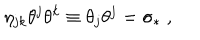
LaTeX: \eta _ { j k } \theta ^ { j } \theta ^ { k } \equiv \theta _ { j } \theta ^ { j } = \sigma _ { \ast } \; ,